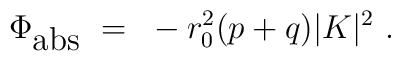
\Phi_{\mbox{abs}}~=~-r_{0}^{2}(p+q) |K|^{2}~.